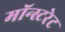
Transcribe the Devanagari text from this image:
मॉन्स्टरेट